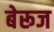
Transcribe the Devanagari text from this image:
बेरूज